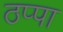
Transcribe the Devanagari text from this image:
ठप्‍पा